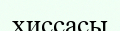
хиссасы